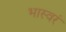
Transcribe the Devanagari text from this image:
भास्वरं